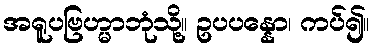
အရူပဗြဟ္မာဘုံသို့။ ဥပပန္နော၊ ကပ်၍။